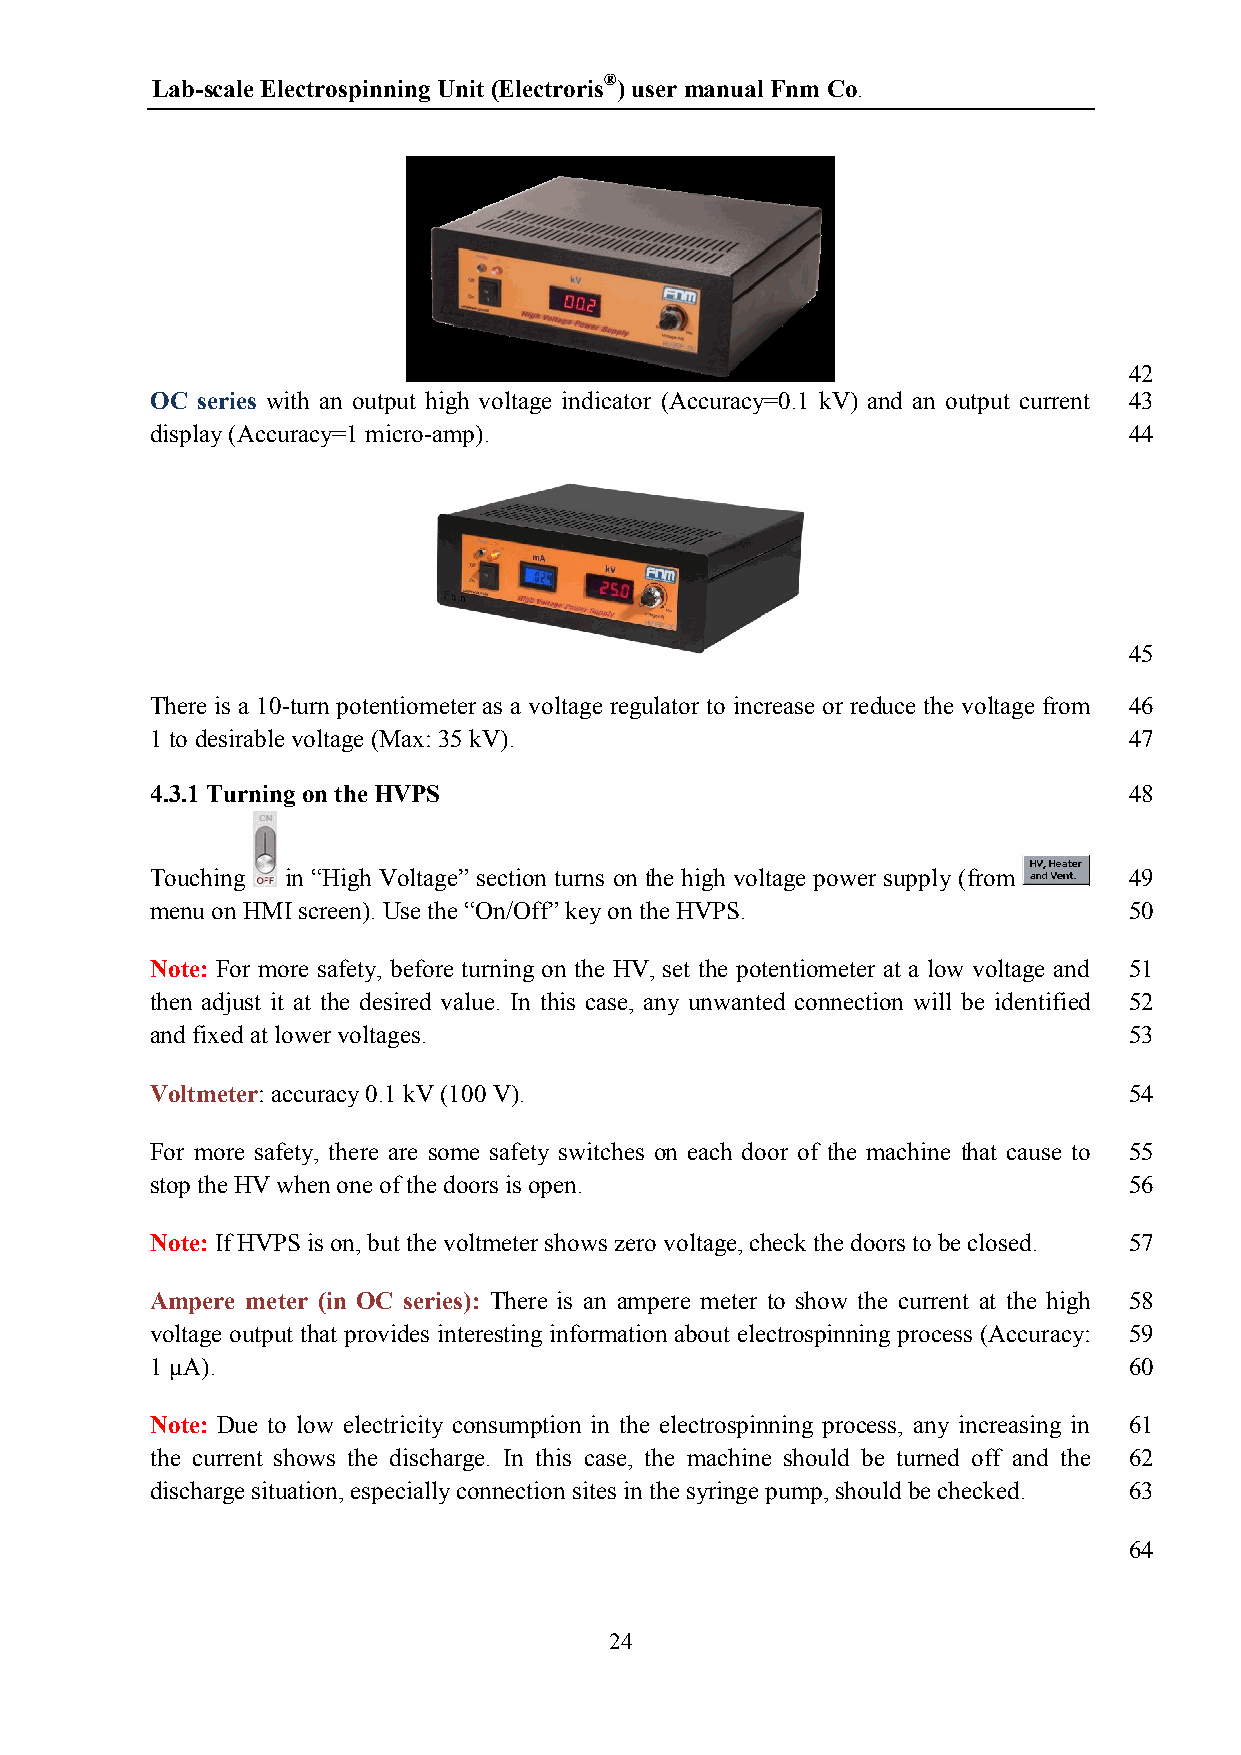
Lab-scale Electrospinning Unit (Electroris®) user manual Fnm Co.
 42
 OC series with an output high voltage indicator (Accuracy=0.1 kV) and an output current 43
 display (Accuracy=1 micro-amp).                                  44
 45
 There is a 10-turn potentiometer as a voltage regulator to increase or reduce the voltage from 46
 1 to desirable voltage (Max: 35 kV).                             47
 4.3.1 Turning on the HVPS                                        48
 Touching in “High Voltage” section turns on the high voltage power supply (from 49
 menu on HMI screen). Use the “On/Off” key on the HVPS.           50
 Note: For more safety, before turning on the HV, set the potentiometer at a low voltage and 51
 then adjust it at the desired value. In this case, any unwanted connection will be identified 52
 and fixed at lower voltages.                                     53
 Voltmeter: accuracy 0.1 kV (100 V).                              54
 For more safety, there are some safety switches on each door of the machine that cause to 55
 stop the HV when one of the doors is open.                       56
 Note: If HVPS is on, but the voltmeter shows zero voltage, check the doors to be closed. 57
 Ampere meter (in OC series): There is an ampere meter to show the current at the high 58
 voltage output that provides interesting information about electrospinning process (Accuracy: 59
 1 µA).                                                           60
 Note: Due to low electricity consumption in the electrospinning process, any increasing in 61
 the current shows the discharge. In this case, the machine should be turned off and the 62
 discharge situation, especially connection sites in the syringe pump, should be checked. 63
 64
 24